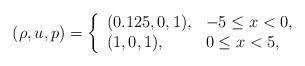
LaTeX: \begin{align*}(\rho,u,p)=\left\{\begin{array}{ll}(0.125, 0, 1), & \textrm{$ -5 \leq x < 0$},\\(1, 0, 1), & \textrm{$ 0 \leq x < 5$},\end{array}\right.\end{align*}